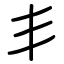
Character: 丯